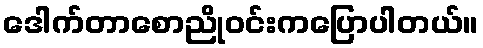
ဒေါက်တာစောညိုဝင်းကပြောပါတယ်။